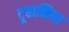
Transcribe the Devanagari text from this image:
टूहानिया